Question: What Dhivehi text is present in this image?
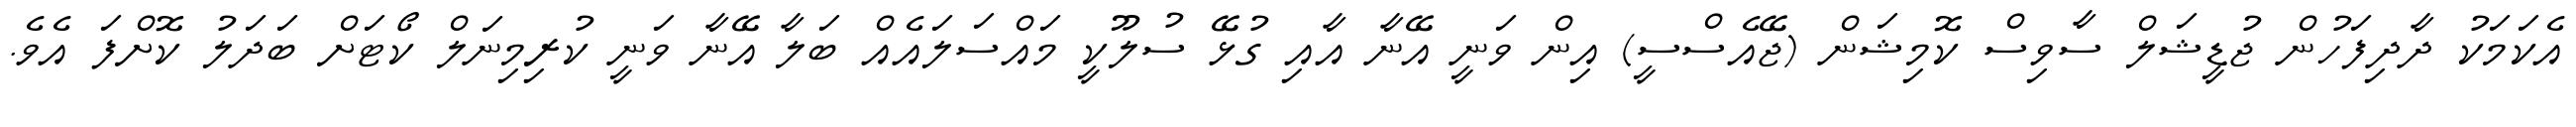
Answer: އެކަމަކު ދާދިފަހުން ޖުޑީޝަލް ސާވިސް ކޮމިޝަން (ޖޭއެސްސީ) އިން ވަނީ އޭނާ އާއި ގުޅޭ ސުލޫކީ މައްސަލައެއް ބަލާ އޭނާ ވަނީ ކުރިމިނަލް ކޯޓަށް ބަދަލު ކޮށްފަ އެވެ.